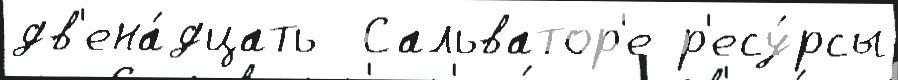
дв'ена́дцать  Сальватор'е р'есу́рсы